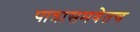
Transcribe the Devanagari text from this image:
पात्रासमवेतच